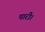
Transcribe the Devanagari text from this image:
पारी।